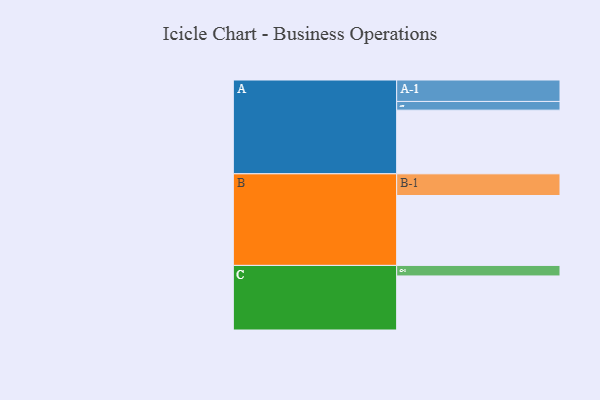
{"axis": {"x": "Segment", "y": "Value"}, "legend": ["", "A", "B", "C"], "data": [{"x": "A", "y": 490, "type": ""}, {"x": "B", "y": 538, "type": ""}, {"x": "C", "y": 416, "type": ""}, {"x": "A-1", "y": 165, "type": "A"}, {"x": "A-2", "y": 67, "type": "A"}, {"x": "B-1", "y": 167, "type": "B"}, {"x": "C-1", "y": 81, "type": "C"}]}